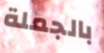
بالجملة